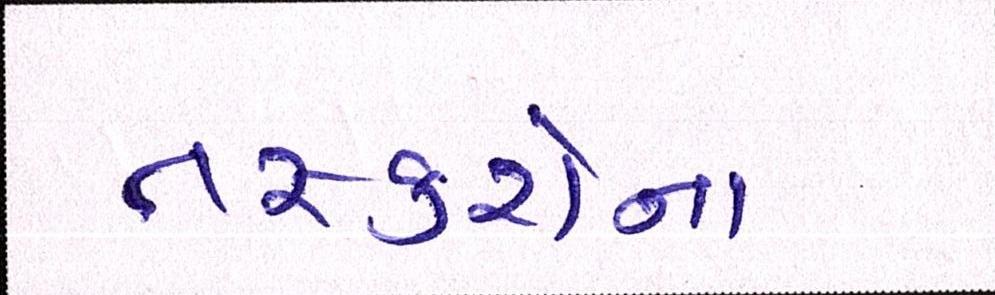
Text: તસ્કરોના